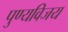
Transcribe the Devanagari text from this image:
पुण्यविजय